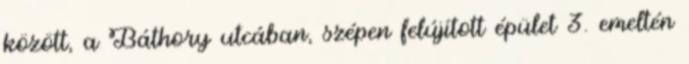
között, a Báthory utcában, szépen felújított épület 3. emeltén